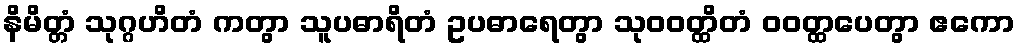
နိမိတ္တံ သုဂ္ဂဟိတံ ကတွာ သူပဓာရိတံ ဥပဓာရေတွာ သုဝဝတ္ထိတံ ဝဝတ္ထပေတွာ ဧကော